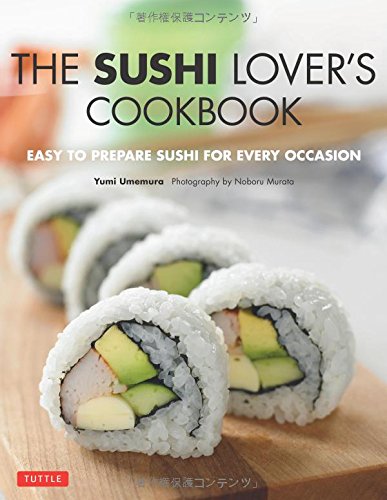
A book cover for The Sushi Lover's Cookbook: Easy to Prepare Sushi for Every Occasion; Yumi Umemura; Cookbooks, Food & Wine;